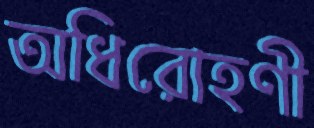
অধিরোহণী